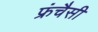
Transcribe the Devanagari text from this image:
फ्रंचैसी